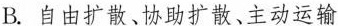
B.自由扩散、协助扩散、主动运输